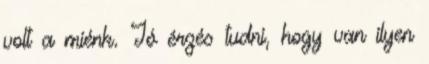
volt a miénk. Jó érzés tudni, hogy van ilyen